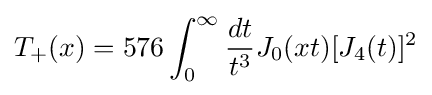
T_{+}(x)=576\int _{0}^{\infty }{\frac {dt}{t^{3}}}J_{0}(xt)[J_{4}(t)]^{2}